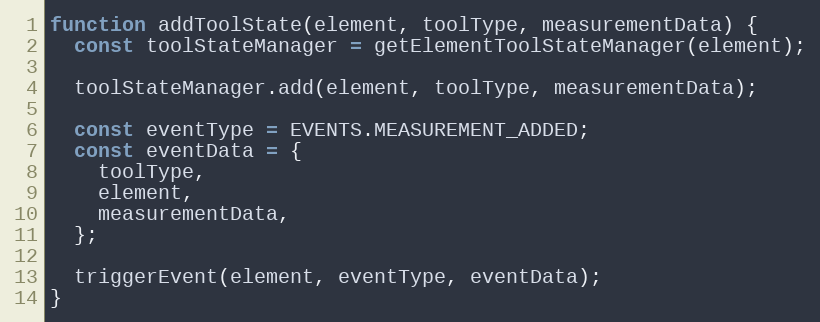
Language: JavaScript
function addToolState(element, toolType, measurementData) {
  const toolStateManager = getElementToolStateManager(element);

  toolStateManager.add(element, toolType, measurementData);

  const eventType = EVENTS.MEASUREMENT_ADDED;
  const eventData = {
    toolType,
    element,
    measurementData,
  };

  triggerEvent(element, eventType, eventData);
}